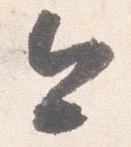
今